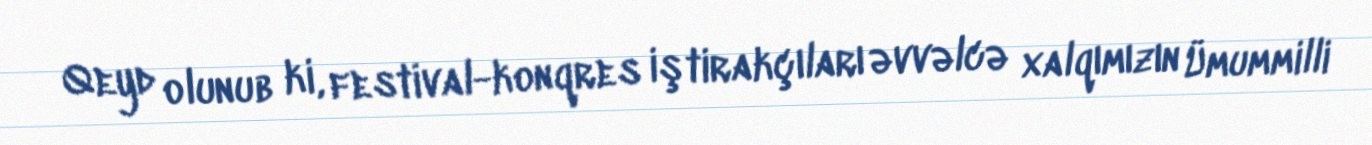
Qeyd olunub ki, festival-konqres iştirakçıları əvvəlcə xalqımızın Ümummilli